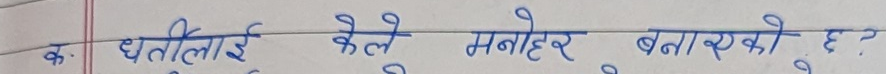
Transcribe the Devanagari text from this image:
कः धर्तीलाई केले मनोहर बनाएको छ ?